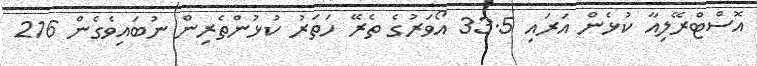
އޮސްޓްރޭލިއާ ކުޅެން އަރައި 33.5 އޯވަރުގެ ތެރޭ ހަތަރު ކުޅުންތެރިން ނުބައިވެގެން 216